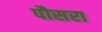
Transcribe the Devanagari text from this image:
पौसरा